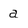
Character: a